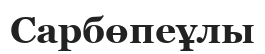
Сарбөпеұлы